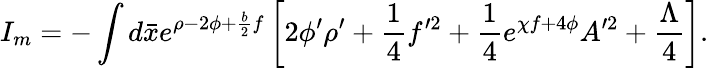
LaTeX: I_{m}=-\int d\bar{x}e^{\rho-2\phi+\frac{b}{2}f}\left[2\phi^{\prime}\rho^{\prime}+\frac{1}{4}f^{\prime 2}+\frac{1}{4}e^{\chi f+4\phi}A^{\prime 2}+\frac{\Lambda}{4}\right].